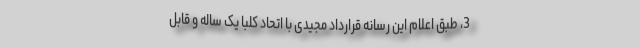
3، طبق اعلام این رسانه قرارداد مجیدی با اتحاد کلبا یک ساله و قابل